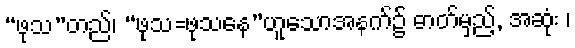
“ဖုသ”တည်၊ “ဖုသ=ဖုသနေ”ဟူသောအနက်၌ ဓာတ်မှည့်, အဆုံး ၊